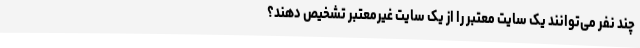
چند نفر می‌توانند یک سایت معتبر را از یک سایت غیرمعتبر تشخیص دهند؟